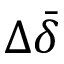
\Delta \bar { \delta }